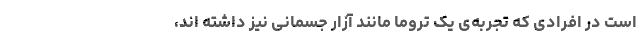
است در افرادی که تجربه‌ی یک تروما مانند آزار جسمانی نیز داشته اند،